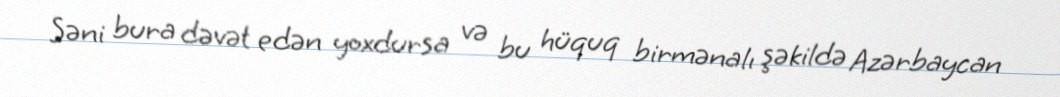
Səni bura dəvət edən yoxdursa və bu hüquq birmənalı şəkildə Azərbaycan